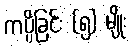
ကပ္ပိခြင်း (၅) မျိုး